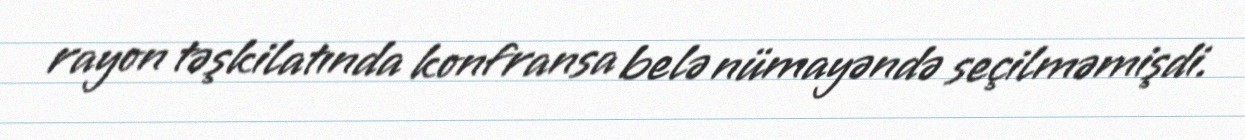
rayon təşkilatında konfransa belə nümayəndə seçilməmişdi.